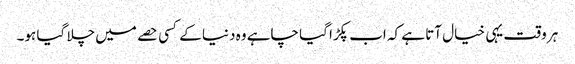
ہر وقت یہی خیال آتا ہے کہ اب پکڑا گیا چاہے وہ دنیا کے کسی حصے میں چلا گیا ہو۔